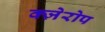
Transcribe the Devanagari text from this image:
क्ज़ेरोप